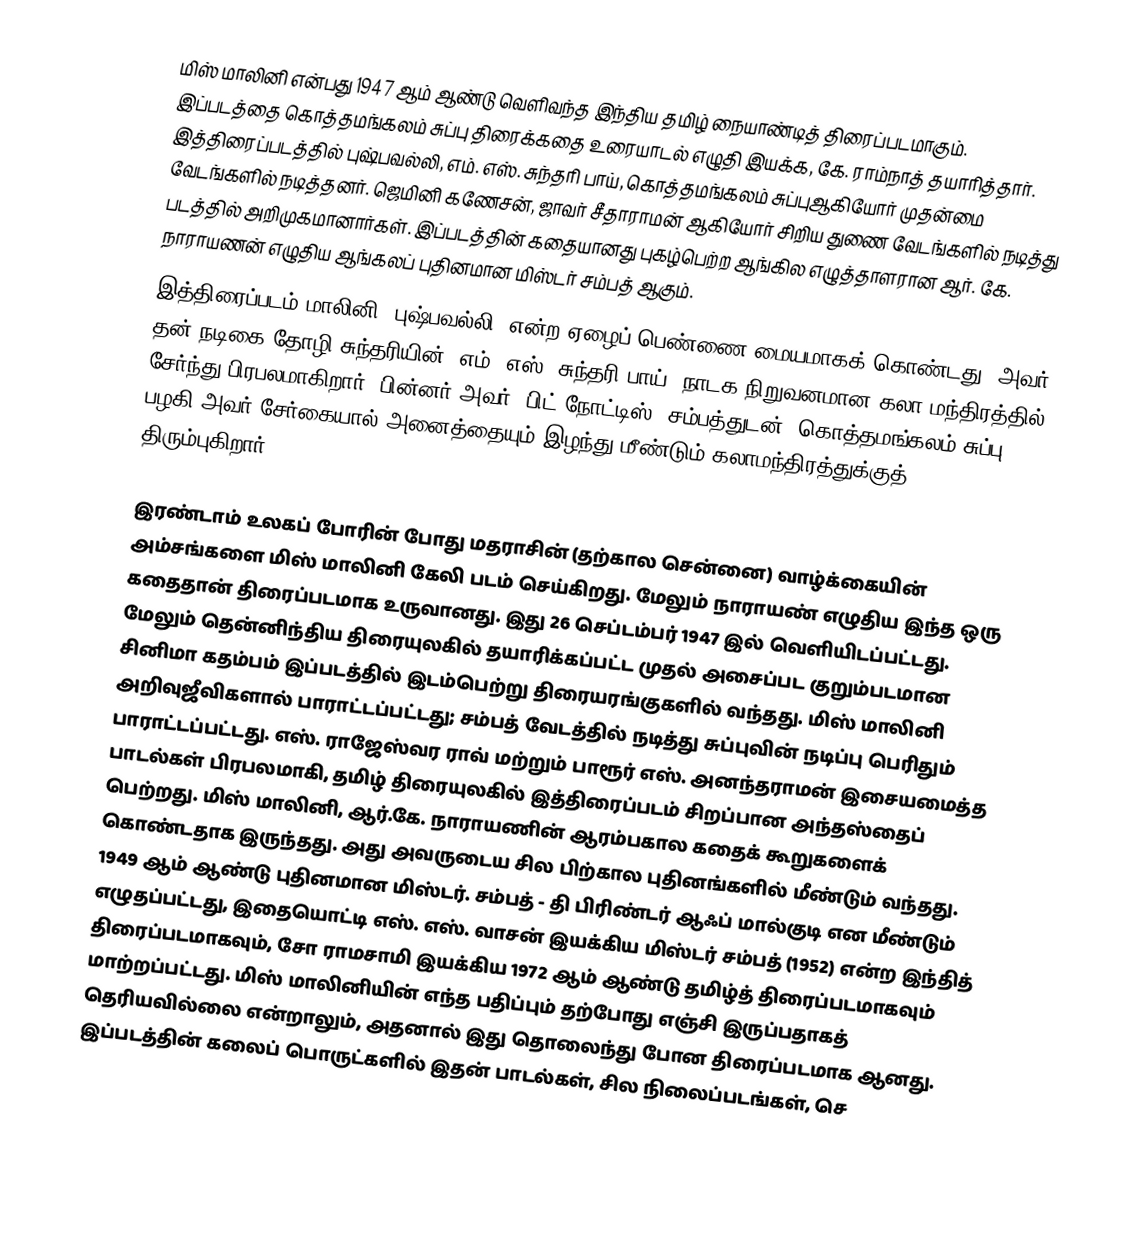
மிஸ் மாலினி என்பது 1947 ஆம் ஆண்டு வெளிவந்த இந்திய தமிழ் நையாண்டித் திரைப்படமாகும். இப்படத்தை கொத்தமங்கலம் சுப்பு திரைக்கதை உரையாடல் எழுதி இயக்க, கே. ராம்நாத் தயாரித்தார்.  இத்திரைப்படத்தில் புஷ்பவல்லி, எம். எஸ். சுந்தரி பாய், கொத்தமங்கலம் சுப்புஆகியோர் முதன்மை வேடங்களில் நடித்தனர். ஜெமினி கணேசன், ஜாவர் சீதாராமன் ஆகியோர் சிறிய துணை வேடங்களில் நடித்து படத்தில் அறிமுகமானார்கள். இப்படத்தின் கதையானது புகழ்பெற்ற ஆங்கில எழுத்தாளரான ஆர். கே. நாராயணன் எழுதிய ஆங்கலப் புதினமான மிஸ்டர் சம்பத் ஆகும்.
இத்திரைப்படம் மாலினி (புஷ்பவல்லி) என்ற ஏழைப் பெண்ணை மையமாகக் கொண்டது, அவர் தன் நடிகை தோழி சுந்தரியின் (எம். எஸ். சுந்தரி பாய்) நாடக நிறுவனமான கலா மந்திரத்தில் சேர்ந்து பிரபலமாகிறார். பின்னர் அவர் 'பிட் நோட்டிஸ்' சம்பத்துடன் (கொத்தமங்கலம் சுப்பு) பழகி அவர் சேர்கையால் அனைத்தையும் இழந்து மீண்டும் கலாமந்திரத்துக்குத் திரும்புகிறார்.

இரண்டாம் உலகப் போரின் போது மதராசின் (தற்கால சென்னை) வாழ்க்கையின் அம்சங்களை மிஸ் மாலினி கேலி படம் செய்கிறது. மேலும் நாராயண் எழுதிய இந்த ஒரு கதைதான் திரைப்படமாக உருவானது. இது 26 செப்டம்பர் 1947 இல் வெளியிடப்பட்டது. மேலும் தென்னிந்திய திரையுலகில் தயாரிக்கப்பட்ட முதல் அசைப்பட குறும்படமான சினிமா கதம்பம் இப்படத்தில் இடம்பெற்று திரையரங்குகளில் வந்தது. மிஸ் மாலினி அறிவுஜீவிகளால் பாராட்டப்பட்டது; சம்பத் வேடத்தில் நடித்து சுப்புவின் நடிப்பு பெரிதும் பாராட்டப்பட்டது. எஸ். ராஜேஸ்வர ராவ் மற்றும் பாரூர் எஸ். அனந்தராமன் இசையமைத்த பாடல்கள் பிரபலமாகி, தமிழ் திரையுலகில் இத்திரைப்படம் சிறப்பான அந்தஸ்தைப் பெற்றது. மிஸ் மாலினி, ஆர்.கே. நாராயணின் ஆரம்பகால கதைக் கூறுகளைக் கொண்டதாக இருந்தது. அது அவருடைய சில பிற்கால புதினங்களில் மீண்டும் வந்தது. 1949 ஆம் ஆண்டு புதினமான மிஸ்டர். சம்பத் - தி பிரிண்டர் ஆஃப் மால்குடி என மீண்டும் எழுதப்பட்டது, இதையொட்டி எஸ். எஸ். வாசன் இயக்கிய மிஸ்டர் சம்பத் (1952) என்ற இந்தித் திரைப்படமாகவும், சோ ராமசாமி இயக்கிய  1972 ஆம் ஆண்டு தமிழ்த் திரைப்படமாகவும் மாற்றப்பட்டது. மிஸ் மாலினியின் எந்த பதிப்பும் தற்போது எஞ்சி இருப்பதாகத் தெரியவில்லை என்றாலும், அதனால் இது தொலைந்து போன திரைப்படமாக ஆனது. இப்படத்தின் கலைப் பொருட்களில் இதன்  பாடல்கள், சில நிலைப்படங்கள், செ